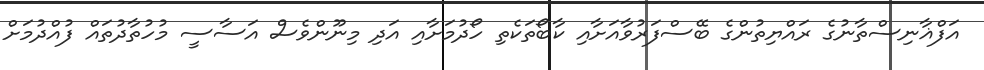
އަފްޣާނިސްތާނުގެ ރައްޔިތުންގެ ބޭސްފަރުވާއަށާއި ކާބޯތަކެތި ހޯދުމަށާއި އަދި މިނޫންވެސް އަސާސީ މުހުތާދުތައް ފުއްދުމަށް